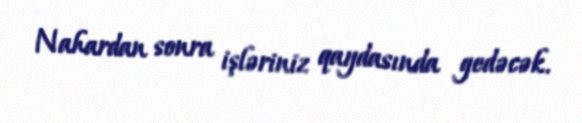
Nahardan sonra işləriniz qaydasında gedəcək.